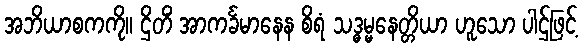
အဘိယာစကကို။ ဌိတိံ အာကင်္ခမာနေန စိရံ သဒ္ဓမ္မနေတ္တိယာ ဟူသော ပါဌ်ဖြင့်